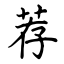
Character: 荐